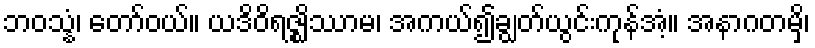
ဘဝသ္နံ၊ တော်ဝယ်။ ယဒိဝိရဇ္ဈိဿာမ၊ အကယ်၍ချွတ်ယွင်းကုန်အံ့။ အနာဂတမှိ၊